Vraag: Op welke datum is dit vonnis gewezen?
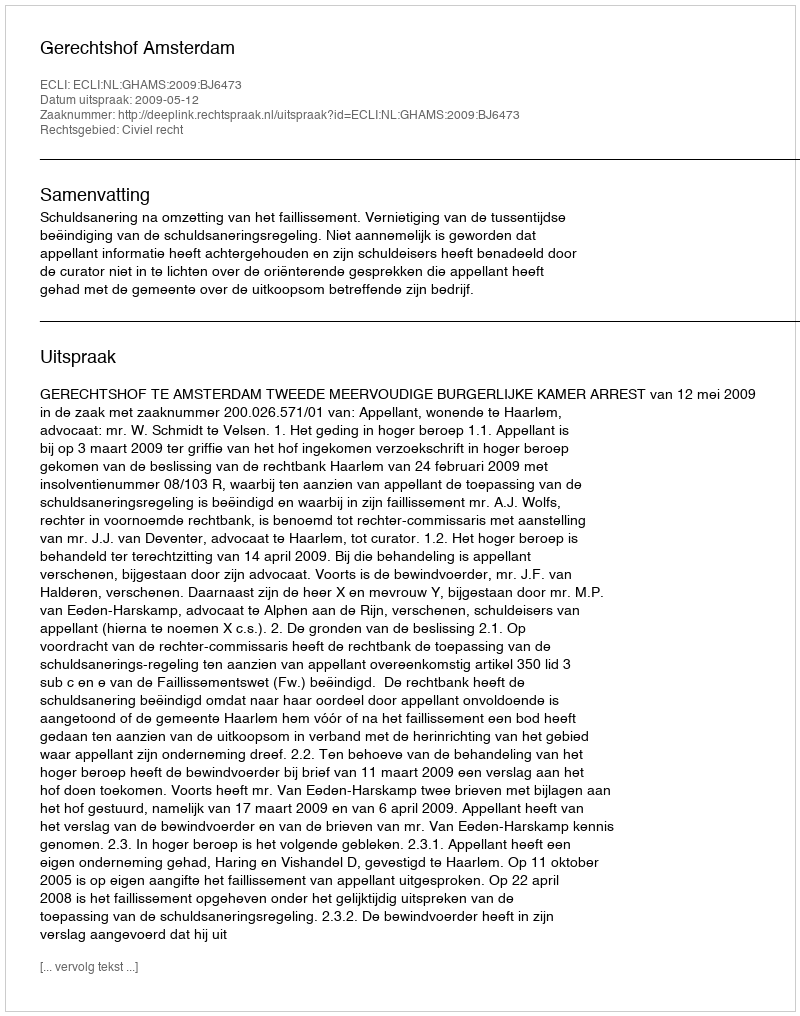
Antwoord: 2009-05-12